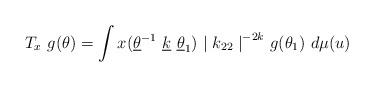
LaTeX: \begin{align*}T_x ~g(\theta) = \int x(\underline{\theta} ^{-1} ~\underline{k} ~\underline{\theta} _1 ) ~ {\mid k_{22} \mid }^{-2k} ~g (\theta _1) ~d \mu (u)\end{align*}